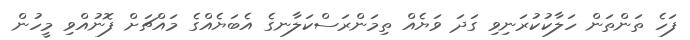
ފަހެ ތަންތަން ހަލާކުކުރަނިވި ގަދަ ވަޔެއް ތިމަންރަސްކަލާނގެ އެބަޔެއްގެ މައްޗަށް ފޮނުއްވި މީހުން